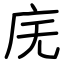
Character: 庑